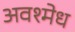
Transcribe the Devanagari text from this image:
अवश्मेध